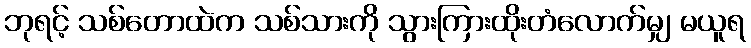
ဘုရင့် သစ်တောထဲက သစ်သားကို သွားကြားထိုးတံလောက်မျှ မယူရ